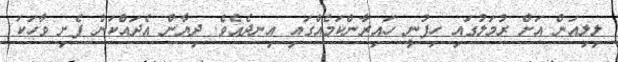
ލިލިއަން އަށް ރުމަލުގައި ހިފުނީ ހައިރާންކަމެއްގައި އިނދެއެވެ. ދިޔާން އެދައްކަން ފެށި ވާހަކަ